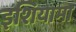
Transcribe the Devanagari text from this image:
इशियामा